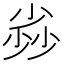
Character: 𡮏